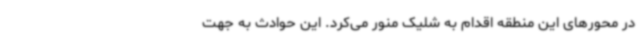
در محورهای این منطقه اقدام به شلیک منور می‌کرد. این حوادث به جهت